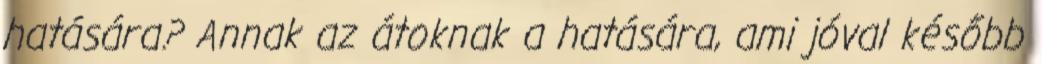
hatására? Annak az átoknak a hatására, ami jóval később